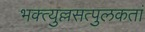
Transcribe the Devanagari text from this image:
भक्त्युल्लसत्पुलकतां